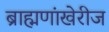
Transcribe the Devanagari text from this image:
ब्राह्मणांखेरीज